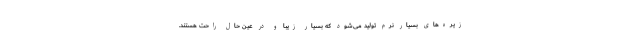
زیره‌های بسیار نرم تولید می‌شود که بسیار زیبا و در عین حال راحت هستند.